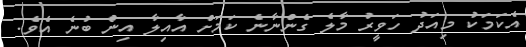
އެކަމަކު މިއަދު ހަވީރު މާލެ ގެންނާނެ ކަމަށް އާއިލާ އިން ބުނެ އެވެ.